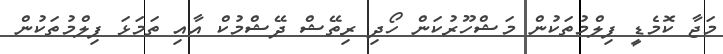
މަޖާ ކޮމެޑީ ފިލްމުތަކުން މަޝްހޫރުކަން ހޯދި ރިތޭޝް ދޭޝްމުކް އާއި ތަމަޅަ ފިލްމުތަކުން